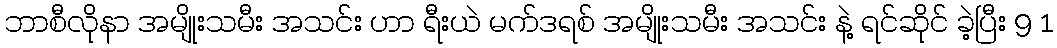
ဘာစီလိုနာ အမျိုးသမီး အသင်း ဟာ ရီးယဲ မက်ဒရစ် အမျိုးသမီး အသင်း နဲ့ ရင်ဆိုင် ခဲ့ပြီး 9 1